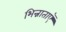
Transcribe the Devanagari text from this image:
भिन्नाताएँ